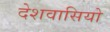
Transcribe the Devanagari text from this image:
देशवासियो